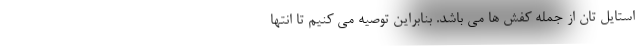
استایل تان از جمله کفش ها می باشد. بنابراین توصیه می کنیم تا انتها